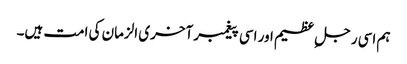
ہم اسی رجل ِ عظیم اور اسی پیغمبر آخری الزمان کی امت ہیں۔